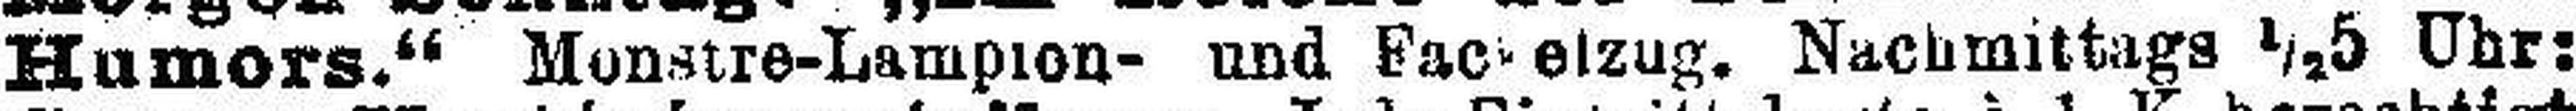
Humors. “Monstre-Lampion- und Fackelzug. Nachmittags ½5 Uhr: